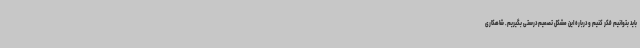
باید بتوانیم فکر کنیم و درباره این مشکل تصمیم درستی بگیریم. شاهکاری